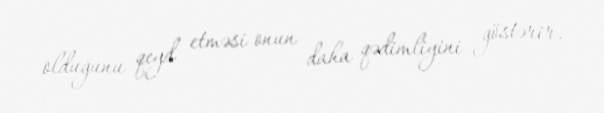
olduğunu qeyd etməsi onun daha qədimliyini göstərir.